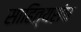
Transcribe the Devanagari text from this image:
साहित्यसंघ